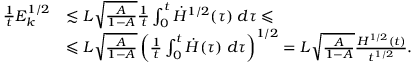
\begin{array} { r l } { \frac { 1 } { t } E _ { k } ^ { 1 / 2 } } & { \lesssim L \sqrt { \frac { A } { 1 - A } } \frac { 1 } { t } \int _ { 0 } ^ { t } \dot { H } ^ { 1 / 2 } ( \tau ) \; d \tau \leqslant } \\ & { \leqslant L \sqrt { \frac { A } { 1 - A } } \left( \frac { 1 } { t } \int _ { 0 } ^ { t } \dot { H } ( \tau ) \; d \tau \right) ^ { 1 / 2 } = L \sqrt { \frac { A } { 1 - A } } \frac { H ^ { 1 / 2 } ( t ) } { t ^ { 1 / 2 } } . } \end{array}